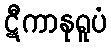
ဋီကာနုရူပံ